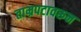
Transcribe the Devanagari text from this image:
ताम्रपटावरून